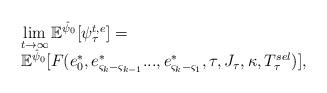
LaTeX: \begin{align*}\begin{array}{l}\lim\limits_{t\rightarrow\infty}\mathbb{E}^{\hat{\psi}_0}[\psi_\tau^{t,e}]=\\\mathbb{E}^{\hat{\psi}_0}[F(e^*_0, e^*_{\varsigma_k- \varsigma_{k-1}}...,e^*_{\varsigma_k- \varsigma_1},\tau,J_\tau,\kappa,T_\tau^{sel})],\end{array}\end{align*}